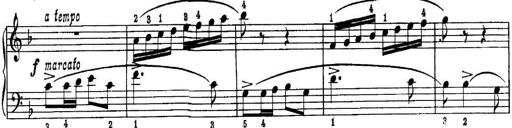
Title: Piano Sonatina No.1 in C major
Composer: Tadeusz Joteyko
Key: C major